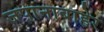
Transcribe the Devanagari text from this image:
जपानाबाहेर